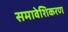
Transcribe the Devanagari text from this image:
समावेशिकरण